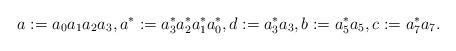
LaTeX: \begin{align*}a:=a_0a_1a_2a_3, a^*:=a_3^*a_2^*a_1^*a_0^*, d:=a_3^*a_3, b:=a_5^* a_5, c:=a_7^*a_7.\end{align*}